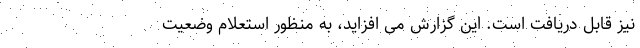
نیز قابل دریافت است. این گزارش می افزاید، به منظور استعلام وضعیت